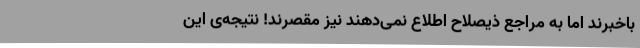
باخبرند اما به مراجع ذیصلاح اطلاع نمی‌دهند نیز مقصرند! نتیجه‌ی این